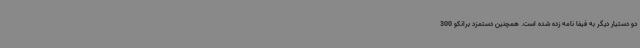
دو دستیار دیگر به فیفا نامه زده شده است. همچنین دستمزد برانکو 300